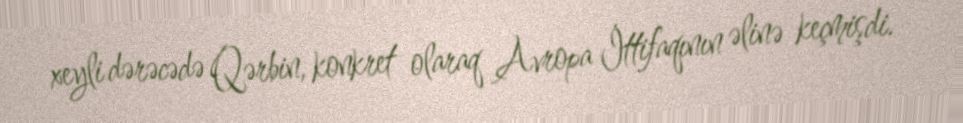
xeyli dərəcədə Qərbin, konkret olaraq Avropa İttifaqının əlinə keçmişdi.